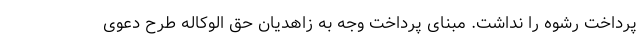
پرداخت رشوه را نداشت. مبنای پرداخت وجه به زاهدیان حق الوکاله طرح دعوی